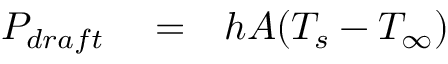
\begin{array} { r l r } { P _ { d r a f t } } & { { } = } & { h A ( T _ { s } - T _ { \infty } ) } \end{array}